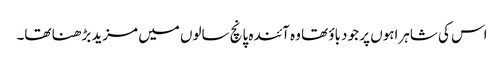
اس کی شاہراہوں پر جو دباؤ تھا وہ آئندہ پانچ سالوں میں مزید بڑھنا تھا۔